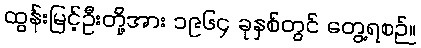
ထွန်းမြင့်ဦးတို့အား ၁၉၆၄ ခုနှစ်တွင် တွေ့ရစဉ်။